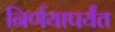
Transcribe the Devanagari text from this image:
निर्णयापर्यंत